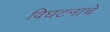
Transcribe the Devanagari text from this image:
विघटनाचे